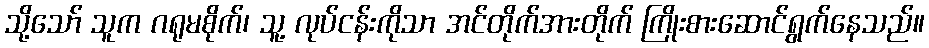
သို့သော် သူက ဂရုမစိုက်၊ သူ့ လုပ်ငန်းကိုသာ အင်တိုက်အားတိုက် ကြိုးစားဆောင်ရွက်နေသည်။